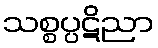
သစ္စပ္ပဋိညာ